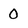
Character: 0